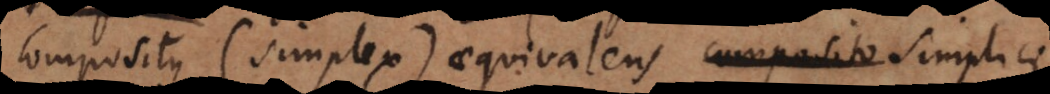
compositus (simplex) aequivalens composito simplici